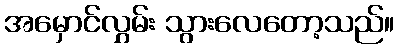
အမှောင်လွှမ်း သွားလေတော့သည်။